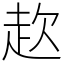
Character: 赼